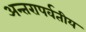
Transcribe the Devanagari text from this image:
अन्तरापर्वतीय